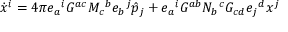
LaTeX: \dot { x } ^ { i } = 4 \pi e _ { a } { } ^ { i } G ^ { a c } M _ { c } { } ^ { b } e _ { b } { } ^ { j } \hat { p } _ { j } + e _ { a } { } ^ { i } G ^ { a b } N _ { b } { } ^ { c } G _ { c d } e _ { j } { } ^ { d } x ^ { j }